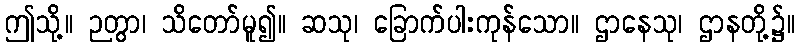
ဤသို့။ ဉတွာ၊ သိတော်မူ၍။ ဆသု၊ ခြောက်ပါးကုန်သော။ ဌာနေသု၊ ဌာနတို့၌။